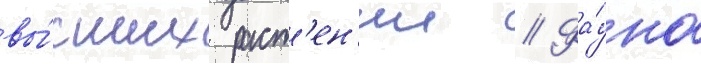
вы́сших раст'ен'ии // Фа́уна